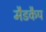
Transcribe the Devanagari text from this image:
मैडकैप